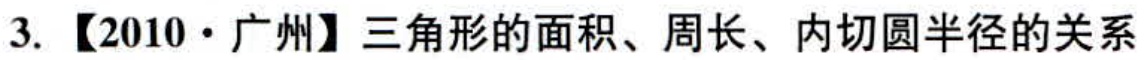
3.【2010·广州】三角形的面积、周长、内切圆半径的关系